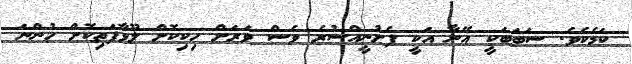
ކަމެކެވެ. ސަބަބަކީ އޭނާ އަކީ ފެށުނީއްސުރެ ވެސް ވަރަށް ހިކިކޮށް ލޫޅާފަތިކޮށް ހުންނަ